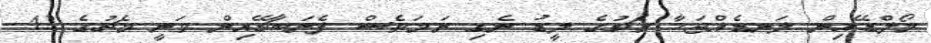
މޯލްޑޭއިން ލަނޑެއްޖަހާ މެޗުގެ ލީޑު ނެގި ނަމަވެސް ފެނަބާޗޭއިން ވަނީ މެޗުގެ 42